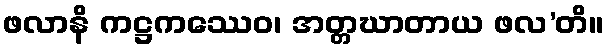
ဖလာနိ ကဋ္ဌကဿေဝ၊ အတ္တဃာတာယ ဖလ’တိ။